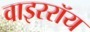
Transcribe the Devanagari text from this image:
वाइररॉय